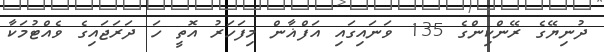
ދުނިޔޭގެ ރޭންކިންގެ 135 ވަނައިގައި އަފްޣާން މިފަހަރު އޮތީ ހަ ދަރަޖައިގެ ވެއްޓުމަކާ